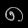
Digit: ၈